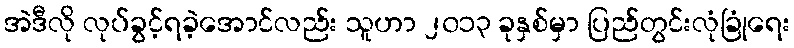
အဲဒီလို လုပ်ခွင့်ရခဲ့အောင်လည်း သူဟာ ၂၀၁၃ ခုနှစ်မှာ ပြည်တွင်းလုံခြုံရေး